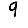
Digit: 9